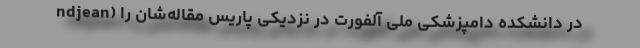
ndjean) در دانشکده دامپزشکی ملی آلفورت در نزدیکی پاریس مقاله‌شان را